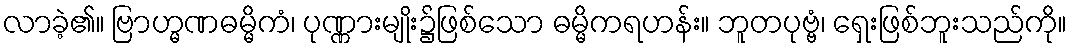
လာခဲ့၏။ ဗြာဟ္မဏဓမ္မိကံ၊ ပုဏ္ဏားမျိုး၌ဖြစ်သော ဓမ္မိကရဟန်း။ ဘူတပုဗ္ဗံ၊ ရှေးဖြစ်ဘူးသည်ကို။